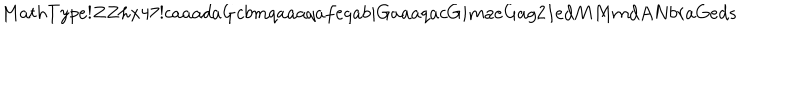
M a t h T y p e ! Z Z h x 4 7 ! c a a a d a G c b m q a a a q a f e q a b i G a a a q a c G i m a e G a g 2 I e d M M m d A N b r a G e d s